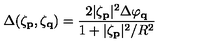
\Delta ( \zeta _ { \bf p } , \zeta _ { \bf q } ) = \frac { 2 | \zeta _ { \bf p } | ^ { 2 } \Delta \varphi _ { \bf q } } { 1 + | \zeta _ { \bf p } | ^ { 2 } / R ^ { 2 } }